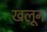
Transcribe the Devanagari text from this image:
खलून